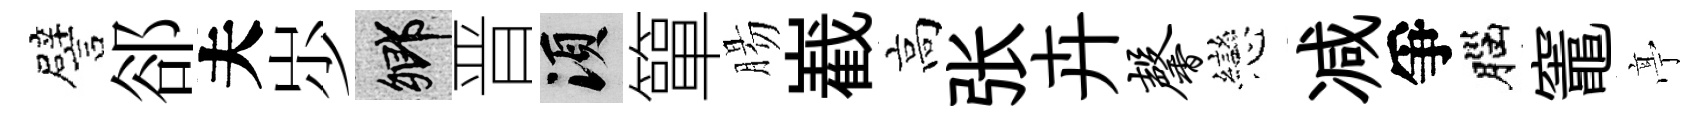
譬郤夫𡵯鄉晋須簞腸嶻高张卉馨戀减爭腦竈𠅘